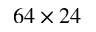
6 4 \times 2 4